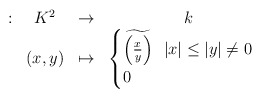
\begin{align*}\begin{array}{cccc}: & K^2 & \to & k \\ & (x,y) & \mapsto & \begin{cases} \widetilde{\left(\frac{x}{y}\right)} \ \ |x| \leq |y| \neq 0 \\0 \ \end{cases} \end{array}\end{align*}